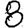
Digit: 8